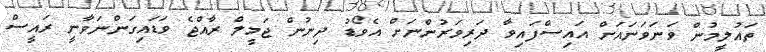
ތައުލީމުން ވަނަވަނައަށް އައިސްފައިވާ ދަރިވަރުންނަށް އެވޯޑު ދިނުން ޖަމީލް ރާއްޖެ ވަޑައިގަންނަވާނީ ރައީސް